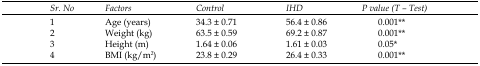
| Sr. No | Factors | Control | IHD | P value (T – Test) |
 | --- | --- | --- | --- | --- |
 | 1 | Age (years) | 34.3 ± 0.71 | 56.4 ± 0.86 | 0.001** |
 | 2 | Weight (kg) | 63.5 ± 0.59 | 69.2 ± 0.87 | 0.001** |
 | 3 | Height (m) | 1.64 ± 0.06 | 1.61 ± 0.03 | 0.05* |
 | 4 | BMI (kg/m2) | 23.8 ± 0.29 | 26.4 ± 0.33 | 0.001** |